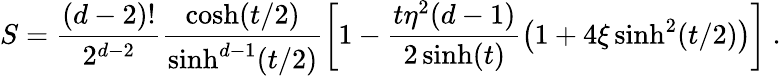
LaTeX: S=\frac{(d-2)!}{2^{d-2}}\frac{\cosh(t/2)}{\sinh^{d-1}(t/2)}\left[1-\frac{t\eta^{2}(d-1)}{2\sinh(t)}\left(1+4\xi\sinh^{2}(t/2)\right)\right]\ .